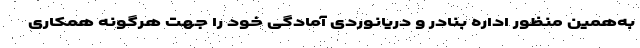
به‌همین منظور اداره بنادر و دریانوردی آمادگی خود را جهت هرگونه همکاری